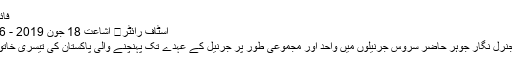
فائل فوٹو
اسٹاف رائٹر	 اشاعت 18 جون 2019 - 21:36
میجر جنرل نگار جوہر حاضر سروس جرنیلوں میں واحد اور مجموعی طور پر جرنیل کے عہدے تک پہنچنے والی پاکستان کی تیسری خاتون ہیں۔